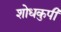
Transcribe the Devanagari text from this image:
शोधकुपी